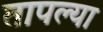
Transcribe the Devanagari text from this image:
तापल्या